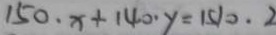
1 5 0 \cdot x + 1 4 0 \cdot y = 1 5 1 0 \cdot 2